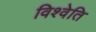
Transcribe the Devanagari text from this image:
विश्वेति